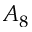
A _ { 8 }